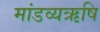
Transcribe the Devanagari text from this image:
मांडव्यऋषि